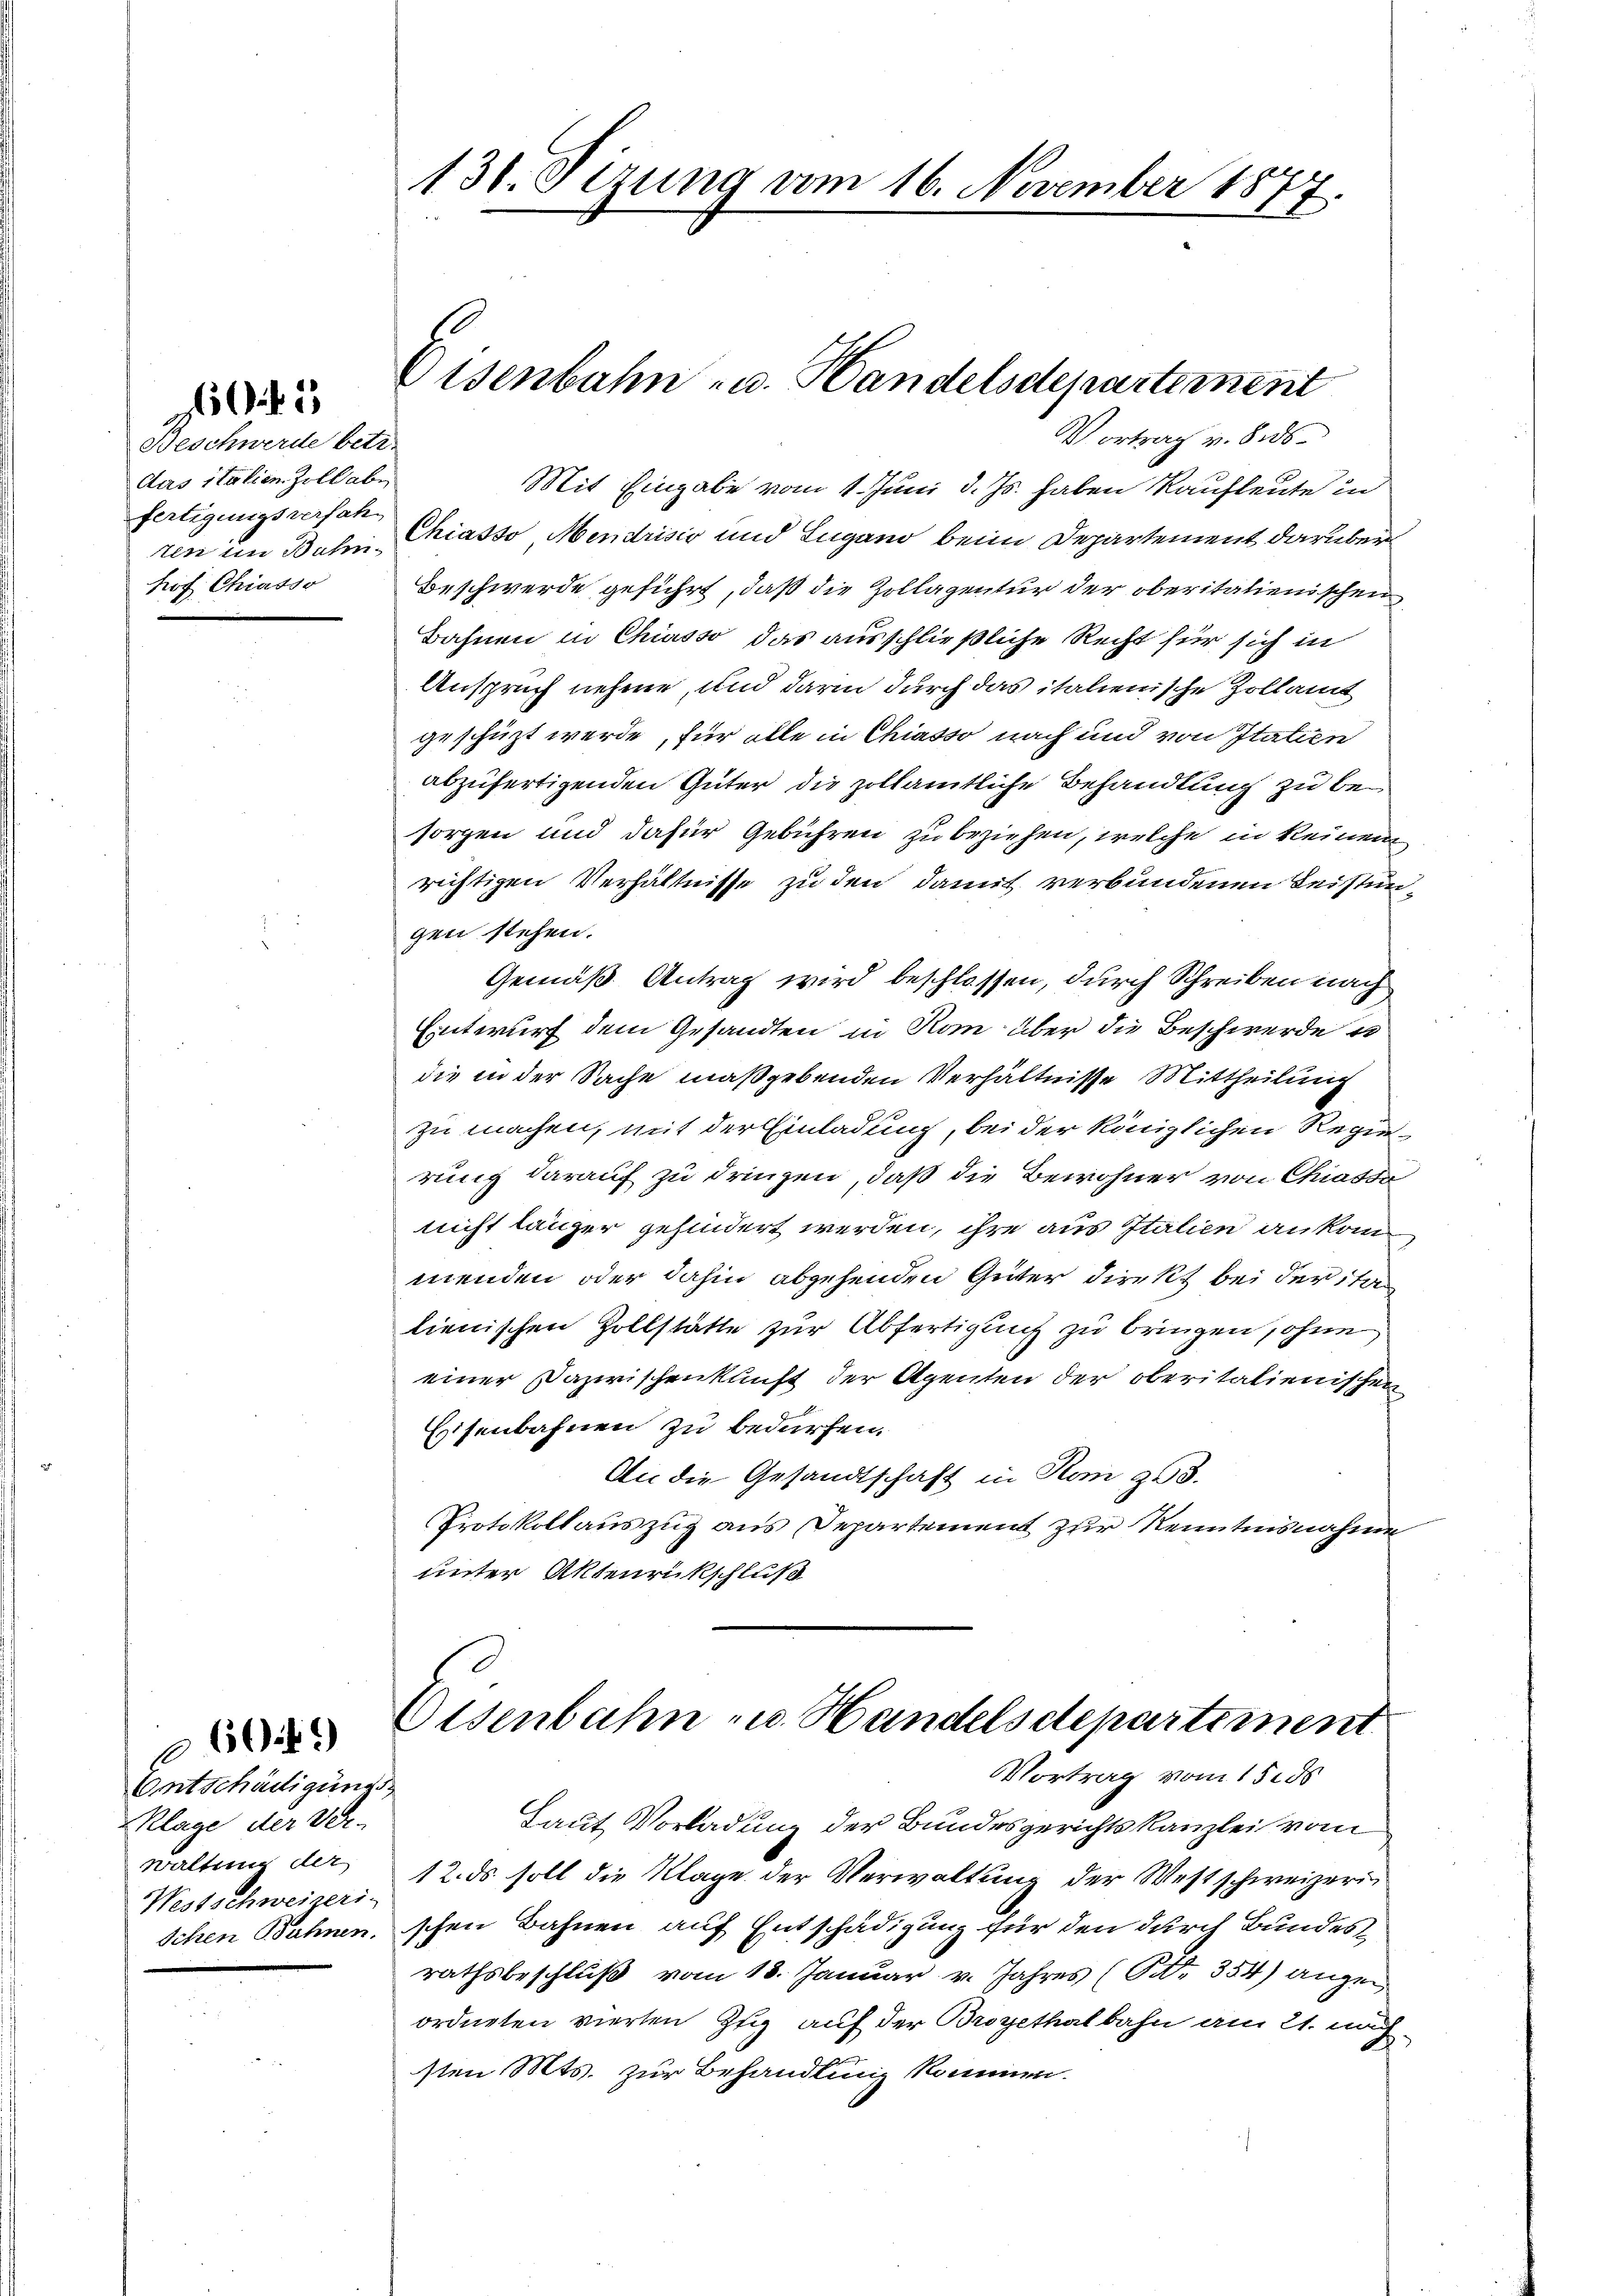
043

Ontschädigungs
Klage der Ver-
waltung der
Westschweizeri-
schen Bühnen.

608

Beschwerde betr.
das italien Zoll abe
fertigungsverfah
hof Chiasso

131. Sizung vom 16. November 1877.

Mit Eingabe vom 1. Juni d. Js. haben Kaufleute in
ten im Behr Chiasso, Mendrisis und Zugano beim Departement darüber
Beschwerde geführt, daß die Zollagentur der oberitalienischen
Bahnen in Chiasso das ausschließliche Recht für sich in
Anspruch nehme, und darin durch das italienische Zollamt
geschüzt werde, für alle in Chiasso nach und von Itatien
abzufertigenden Güter die zollämtliche Behandlung zu besorgen und dafür Gebühren zu beziehen, welche in keinem
richtigen Verhältnisse zu den damit verbundenen Leistungen stehen.
Gemäß Antrag wird beschlossen, durch Schreiben nach
Entwurf dem Gesandten in Rom über die Beschwerde e
die in der Sache maßgebenden Verhältnisse Mittheilung
zu machen, mit der Einladung, bei der königlichen Regierung darauf zu dringen, daß die Bewohner von Chiasso
nicht länger gehindert werden, ihre aus Italien ankommenden oder dahin abgehenden Güter Direkt bei der ita
lienischen Zollstätte zur Abfertigung zu bringen, ohne
einer Dazwischenkunft der Agenten der oberitalienischen
Eisenbahnen zu bedürfen.
An die Gesandtschaft in No 353.
Protokollauszug aus Departement zur Kenntnisnahme
unter Aktenrückschluß

Eisenbahn- u. Handelsdepartement
Vortrag v. Sids.

Eisenbahn - u. Handelsdepartiment
Vortrag vom 15. ds.

Laut Vorladung der Bundesgerichtskanzlei vom
12. ds. soll die Klage der Verwaltung der Westschweizerin
schen Bahnen auf Entschädigung für den durch Bundes
rathsbeschluß vom 18. Januar v. Jahres (S. 354) angeordneten vierten Zug auf der Broyethalbahn am 21. nach
sten Mts. zur Behandlung kommen.